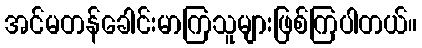
အင်မတန်ခေါင်းမာကြသူများဖြစ်ကြပါတယ်။